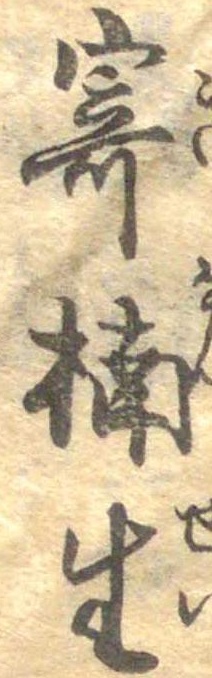
寄楠生